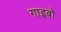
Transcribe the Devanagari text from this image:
गाइबो